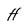
Character: H